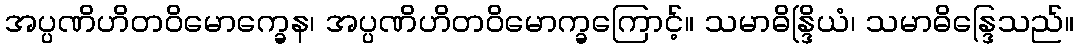
အပ္ပဏိဟိတဝိမောက္ခေန၊ အပ္ပဏိဟိတဝိမောက္ခကြောင့်။ သမာဓိန္ဒြိယံ၊ သမာဓိန္ဒြေသည်။